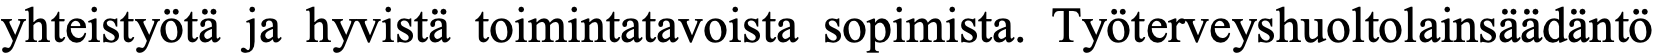
yhteistyötä ja hyvistä toimintatavoista sopimista. Työterveyshuoltolainsäädäntö